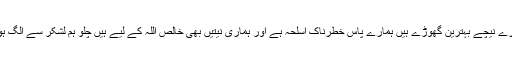
حالانکہ ہمارے نیچے بہترین گھوڑے ہیں ہمارے پاس خطرناک اسلحہ ہے اور ہماری نیتیں بھی خالص اللہ کے لیے ہیں چلو ہم لشکر سے الگ ہو جاتے ہیں ۔